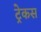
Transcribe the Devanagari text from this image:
ट्रेकस